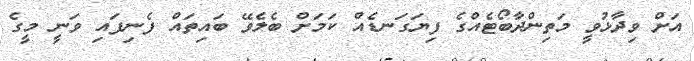
އަށް ވިދާޅުވީ މަތިންދާބޯޓެއްގެ ފިޔަގަނޑެއް ކަމަށް ބެލެވޭ ބައިތައް ފެނިފައި ވަނީ މީގެ